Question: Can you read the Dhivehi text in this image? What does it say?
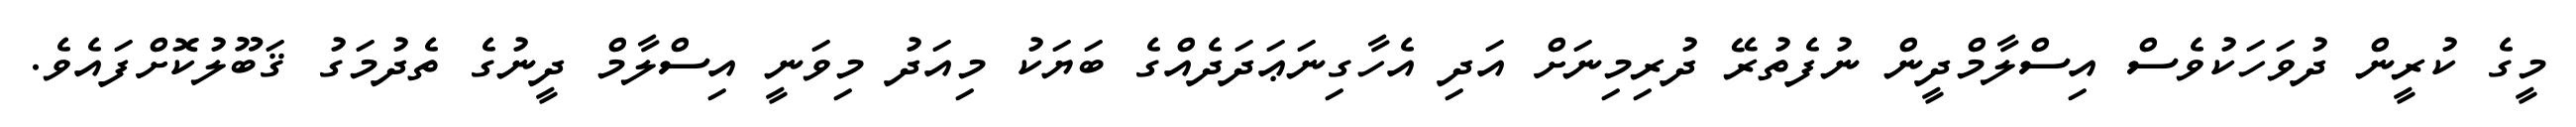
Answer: މީގެ ކުރީން ދުވަހަކުވެސް އިސްލާމްދީން ނުފެތުރޭ ދުރިމިނަށް އަދި އެހާގިނަޢަދަދެއްގެ ބަޔަކު މިއަދު މިވަނީ އިސްލާމް ދީނުގެ ތެދުމަގު ޤަބޫލުކޮށްފައެވެ.